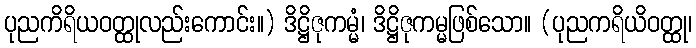
ပုညကိရိယဝတ္ထုလည်းကောင်း။) ဒိဋ္ဌိဇုကမ္မံ၊ ဒိဋ္ဌိဇုကမ္မဖြစ်သော။ (ပုညကရိယိဝတ္ထု၊